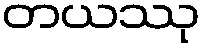
တယဿု